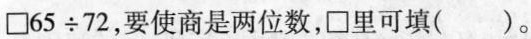
$$\Box 6 5 \div 7 2$$，要使商是两位数，\Box 里可填()。